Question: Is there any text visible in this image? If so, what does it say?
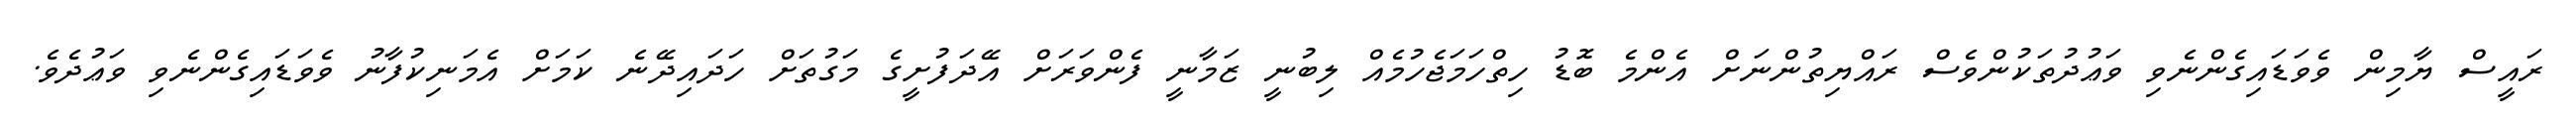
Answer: ރައީސް ޔާމިން ވެވަޑައިގެންނެވި ވަޢުދުތަކުންވެސް ރައްޔިތުންނަށް އެންމެ ބޮޑު ހިތްހަމަޖެހުމެއް ލިބުނީ ޒަމާނީ ފެންވަރަށް އޭދަފުށީގެ މަގުތަށް ހަދައިދޭނެ ކަމަށް އެމަނިކުފާނު ވެވަޑައިގެންނެވި ވަޢުދެވެ.